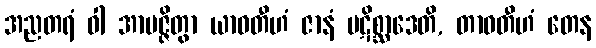
အညတရံ ဝါ အာပဇ္ဇိတွာ ယာဝတီဟံ ဇာနံ ပဋိစ္ဆာဒေတိ, တာဝတီဟံ တေန